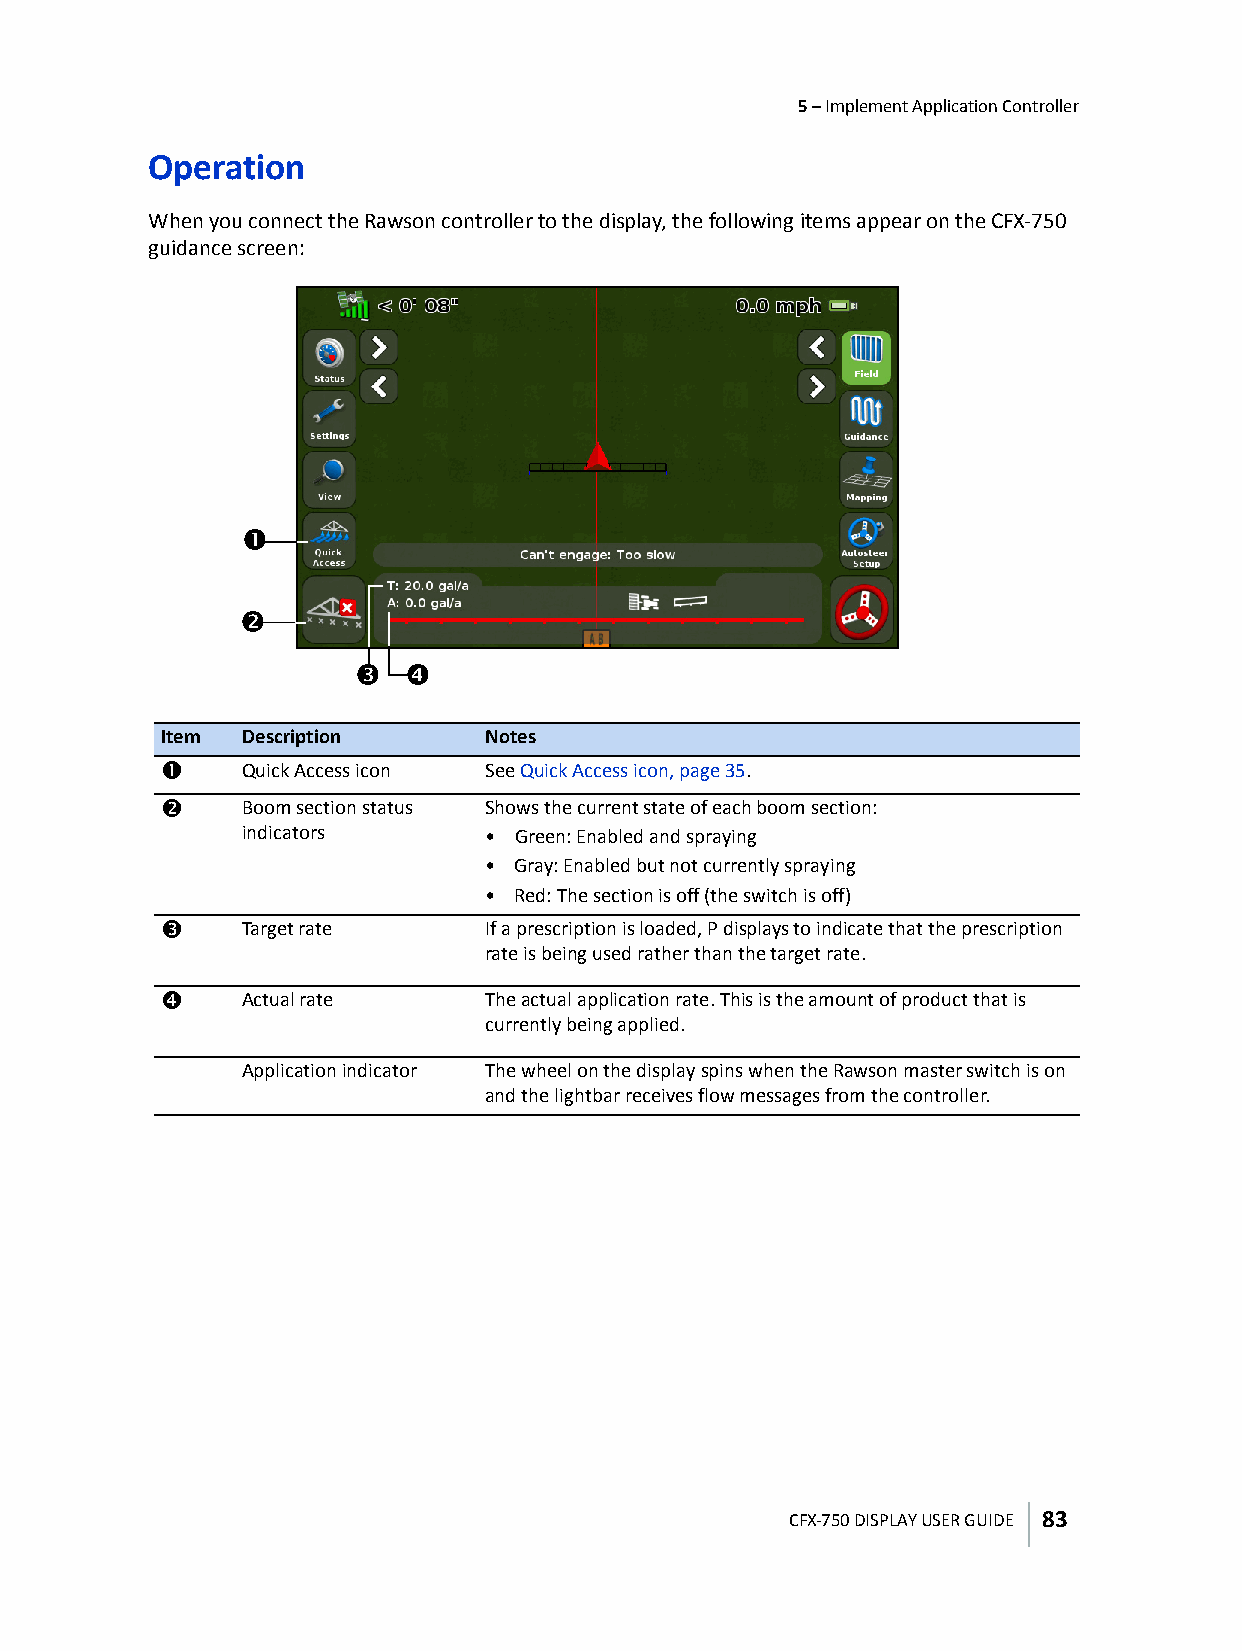
5 – Implement Application Controller
 Operation
 When you connect the Rawson controller to the display, the following items appear on the CFX-750
 guidance screen:
 c
 d
 e  f
 Item Description     Notes
 c    Quick Access icon See Quick Access icon, page35.
 d    Boom section status Shows the current state of each boom section:
 indicators      • Green: Enabled and spraying
 • Gray: Enabled but not currently spraying
 • Red: The section is off (the switch is off)
 e    Target rate     If a prescription is loaded, P displays to indicate that the prescription
 rate is being used rather than the target rate.
 f    Actual rate     The actual application rate. This is the amount of product that is
 currently being applied.
 Application indicator The wheel on the display spins when the Rawson master switch is on
 and the lightbar receives flow messages from the controller.
 CFX-750 DISPLAY USER GUIDE 83